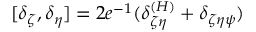
[ \delta _ { \zeta } , \delta _ { \eta } ] = 2 e ^ { - 1 } ( \delta _ { \zeta \eta } ^ { ( H ) } + \delta _ { \zeta \eta \psi } )